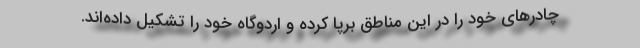
چادرهای خود را در این مناطق برپا کرده و اردوگاه خود را تشکیل داده‌اند.